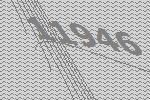
11946